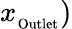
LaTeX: x_{_\mathrm{Outlet}})